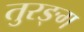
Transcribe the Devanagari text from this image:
तुरङ्ग